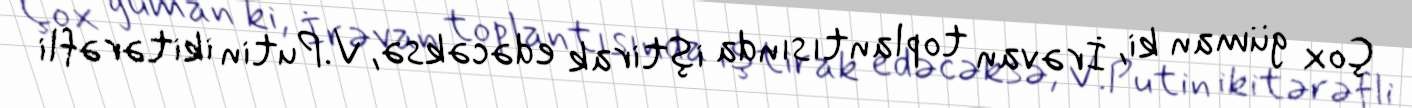
Çox güman ki, İrəvan toplantısında iştirak edəcəksə, V.Putin ikitərəfli